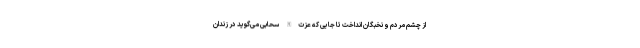
از چشم مردم و نخبگان انداخت تا جایی که عزت‌الله سحابی می‌گوید در زندان